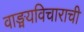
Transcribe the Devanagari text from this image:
वाङ्मयविचाराची